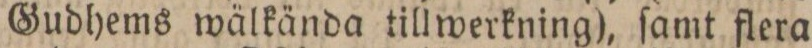
Gudhems wälkända tillwerkning), ſamt flera